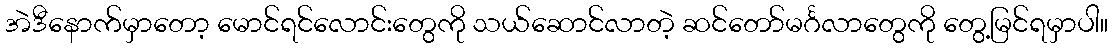
အဲဒီနောက်မှာတော့ မောင်ရင်လောင်းတွေကို သယ်ဆောင်လာတဲ့ ဆင်တော်မင်္ဂလာတွေကို တွေ့မြင်ရမှာပါ။